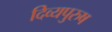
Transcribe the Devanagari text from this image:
दिव्यपुरुष